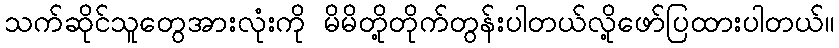
သက်ဆိုင်သူတွေအားလုံးကို မိမိတို့တိုက်တွန်းပါတယ်လို့ဖော်ပြထားပါတယ်။